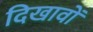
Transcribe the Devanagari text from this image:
दिखावों